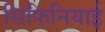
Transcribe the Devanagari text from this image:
सिफिनियाई